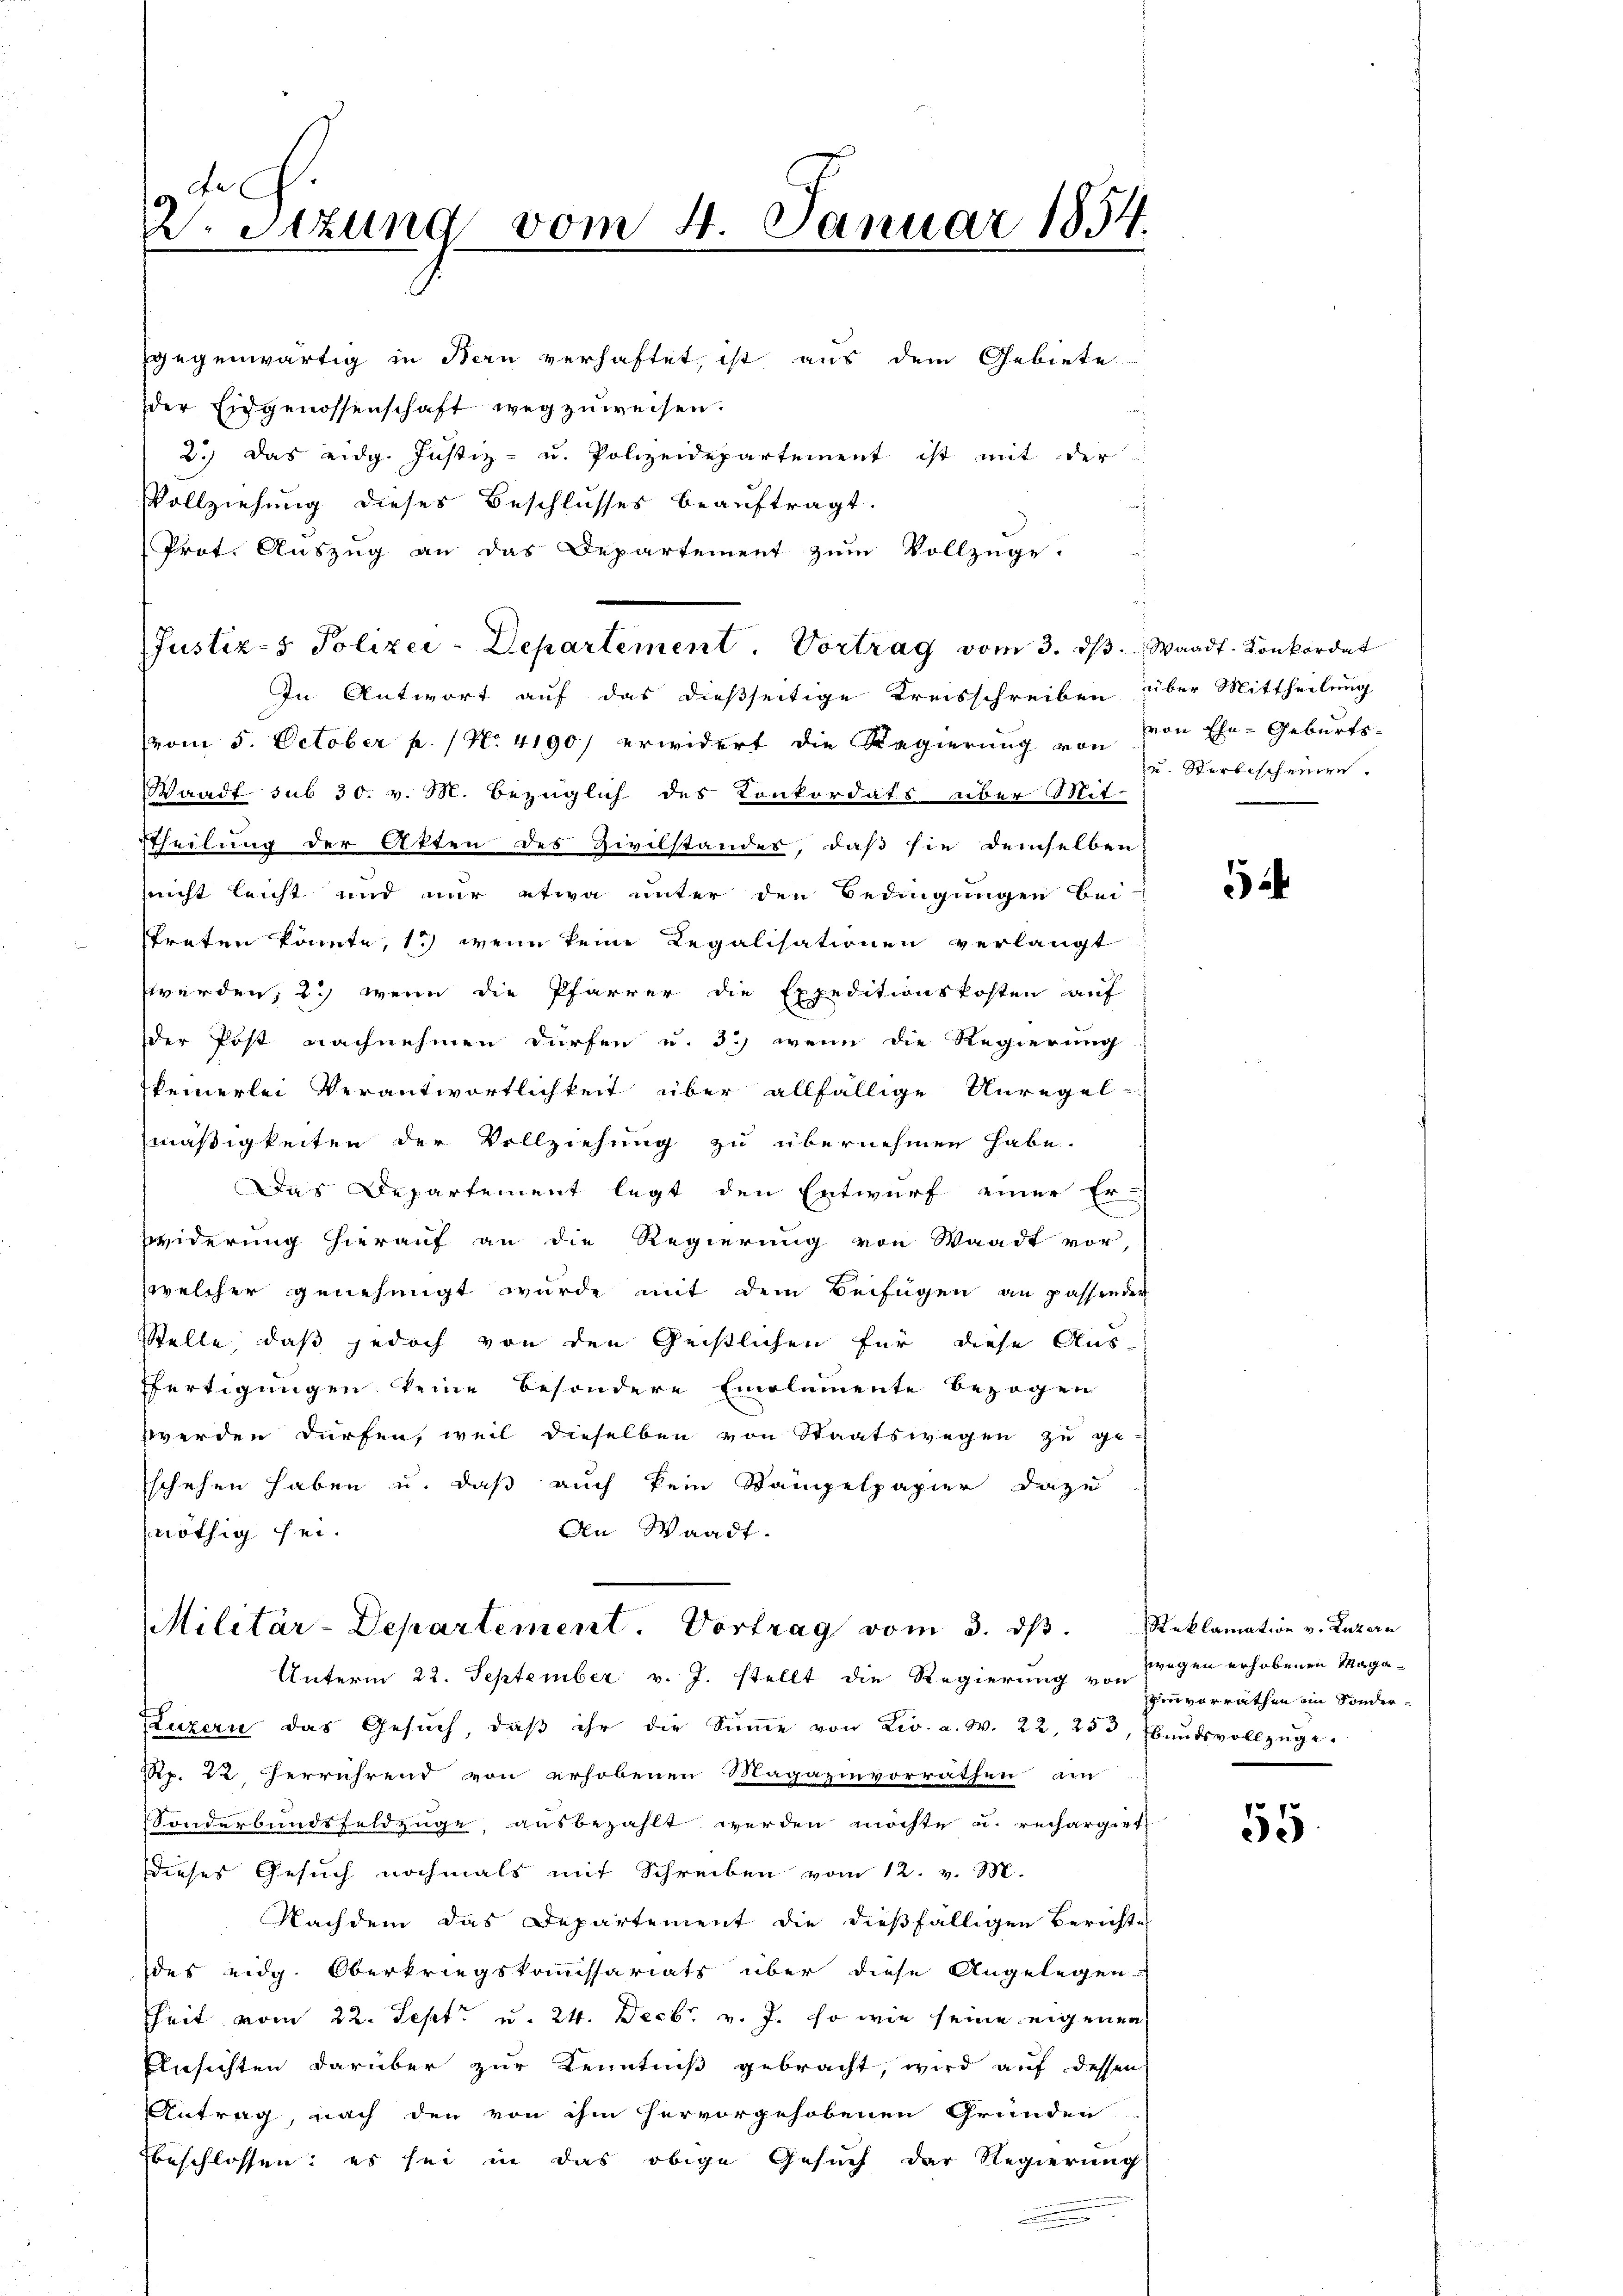
de
2. Sitzung vom 4. Januar 1854

gegenwärtig in Bern verhaftet, ist aus dem Gebiete
der Eidgenossenschaft wegzuweisen.
2.) Das eidg. Justiz- u. Polizeidepartement ist mit der
Vollziehung dieses Beschlusses beauftragt.
Prot. Auszug an das Departement zum Vollzüge.
In Antwort auf das dießseitige Kreisschreiben über Mittheilung
(vom 5. October p. No. 4190) erwidert die Regierung von von Ehe-Geburts-
Waadt sub 30. v. M. bezüglich des Konkordats über Mit-
stheilung der Akten des Zivilstandes, daß sie demselben
sicht leicht und nur etwa unter den Bedingungen bei
streten könnte, 13) wenn keine Legalisationen verlangt
werden; 2) wenn die Pfarrer die Expeditionskosten auf
der Post nachnehmen dürfen u. 3.) wenn die Regierung
keinerlei Verantwortlichkeit über allfällige Unregel-
mäßigkeiten der Vollziehung zu übernehmen habe.
Das Departement legt den Entwurf einer Er-
widerung hierauf an die Regierung von Waadt vor,
welcher genehmigt wurde mit dem Beifügen an passender
Stelle, daß jedoch von den Geistlichen für diese Aus-
ffertigungen keine besondere Emolumente bezogen
werden dürfen, weil dieselben von Staatswegen zu ge
schehen haben u. daß auch kein Stampelpapier dazu
nöthig sei.
An Waadt.

Justiz- & Polizei-Departement. Vortrag vom 3. ds. Waadt. Konkordat

Militär-Departement. Vortrag vom 3. dβ.

Unterm 22. September v. J. stellt die Regierung von Wegen erhobenen Maga¬
Luzern das Gesŭch, daβ ihr die Sŭṁe von Zi. a. W. 22, 253, Bŭndsvollzŭge-
Rp. 22 herrührend von erhobenen Magazinvorräthen am
Sonderbundsfeldzüge, ausbezahlt werden möchte u. rechargirt
dieses Gesuch nochmals mit Schreiben vom 12. v. M.
Nachdem das Departement die dießfälligen Berichte
des eidg. Oberkriegskommissariats über diese Angelegen-
heit vom 22. Sept. u. 24. Decbr. v. J. so wie seine eigenen
Einsichten darüber zur Kenntniß gebracht, wird auf dessen
Antrag, nach den von ihm hervorgehobenen Gründen
beschlossen: es sei in das obige Gesuch der Regierung

u. Sterbescheinen.

.

Reklamation v. Luzern
zinvorrathen im Sonder¬

55